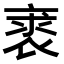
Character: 𧚍